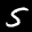
Label: 5